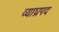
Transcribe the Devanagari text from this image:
व्याघ्रपद